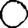
Digit: 0